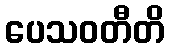
ပေသဝတီတိ